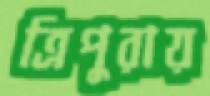
ত্রিপুরায়